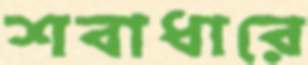
শবাধারে